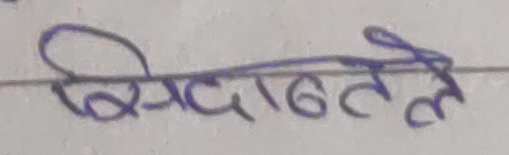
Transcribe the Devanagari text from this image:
विगदते